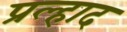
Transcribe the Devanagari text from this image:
प्रल्‍हाद